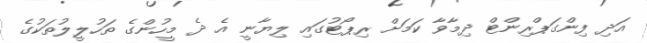
އަދި ފިންގަޕްރިންޓް ދިމާވާ ކަމަށް ރިޕޯޓުގައި ލިޔާނީ އެ ދެ މީހުންގެ ތަހުލީލުތަކުގެ